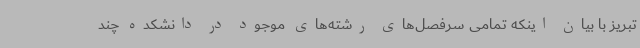
تبریز با بیان اینکه تمامی سرفصل‌های رشته‌های موجود در دانشکده چند